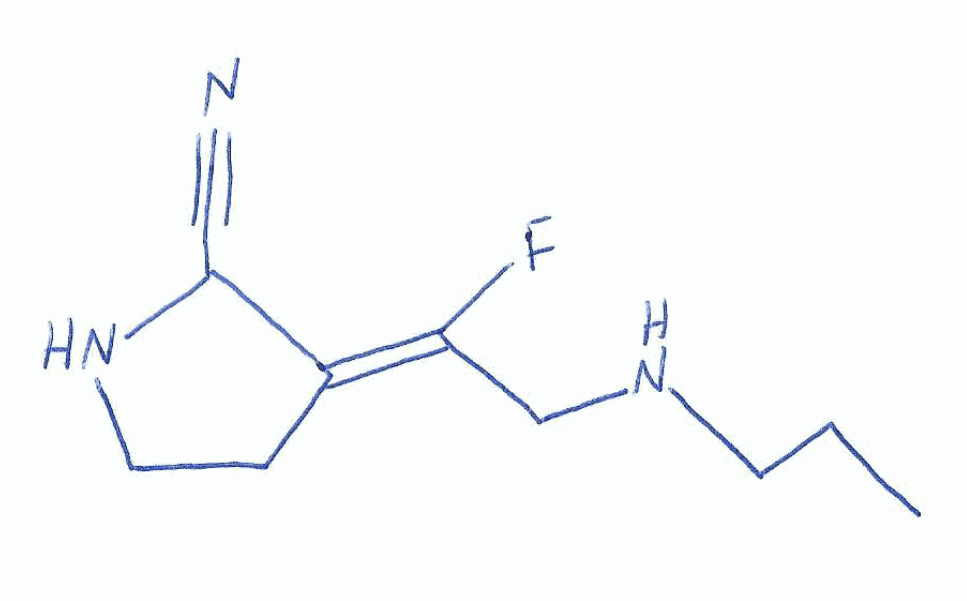
Simplified molecular-input line-entry system (SMILES) notation of the given molecule:
CCCNC/C(=C/1\CCNC1C#N)/F